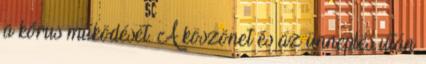
a kórus működését. A köszönet és az ünneplés után